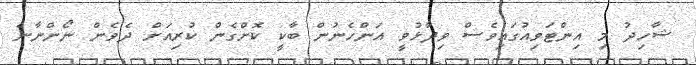
ޝާހިދު މި އިންޓަވިއުގައިވެސް ވިދާޅުވީ އަންހެނުން ބާކީ ކޮށްގެން ކުރިއަށް ދެވެން ނޯންނާނެ